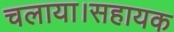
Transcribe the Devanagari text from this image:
चलाया।सहायक